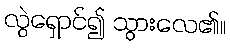
လွဲရှောင်၍ သွားလေ၏။